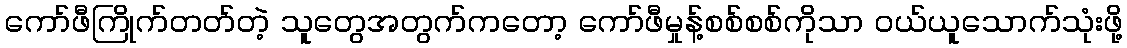
ကော်ဖီကြိုက်တတ်တဲ့ သူတွေအတွက်ကတော့ ကော်ဖီမှုန့်စစ်စစ်ကိုသာ ဝယ်ယူသောက်သုံးဖို့